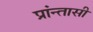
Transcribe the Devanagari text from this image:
प्रांन्तासी